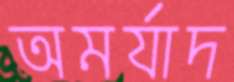
অমর্যাদ